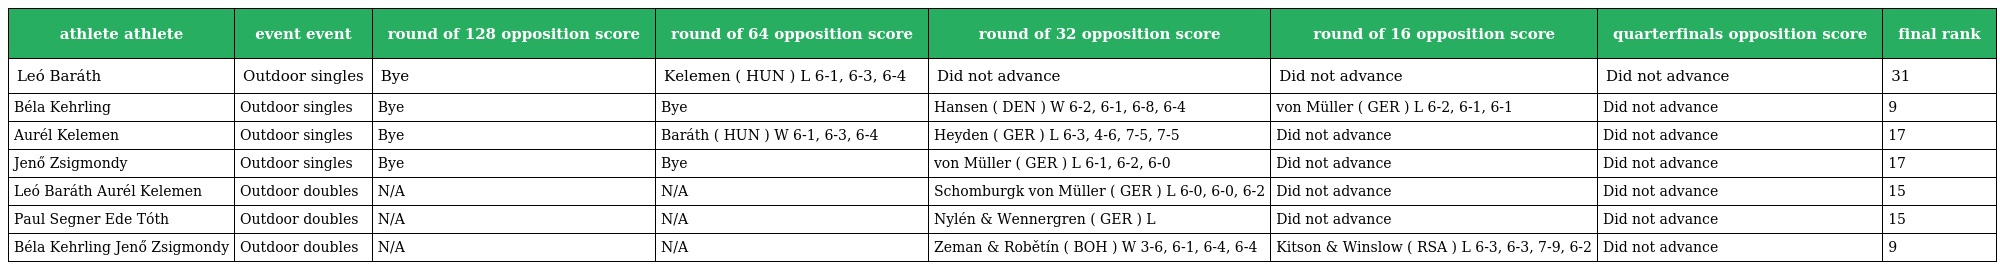
| athlete athlete | event event | round of 128 opposition score | round of 64 opposition score | round of 32 opposition score | round of 16 opposition score | quarterfinals opposition score | final rank |
 | --- | --- | --- | --- | --- | --- | --- | --- |
 | Leó Baráth | Outdoor singles | Bye | Kelemen ( HUN ) L 6-1, 6-3, 6-4 | Did not advance | Did not advance | Did not advance | 31 |
 | Béla Kehrling | Outdoor singles | Bye | Bye | Hansen ( DEN ) W 6-2, 6-1, 6-8, 6-4 | von Müller ( GER ) L 6-2, 6-1, 6-1 | Did not advance | 9 |
 | Aurél Kelemen | Outdoor singles | Bye | Baráth ( HUN ) W 6-1, 6-3, 6-4 | Heyden ( GER ) L 6-3, 4-6, 7-5, 7-5 | Did not advance | Did not advance | 17 |
 | Jenő Zsigmondy | Outdoor singles | Bye | Bye | von Müller ( GER ) L 6-1, 6-2, 6-0 | Did not advance | Did not advance | 17 |
 | Leó Baráth Aurél Kelemen | Outdoor doubles | N/A | N/A | Schomburgk von Müller ( GER ) L 6-0, 6-0, 6-2 | Did not advance | Did not advance | 15 |
 | Paul Segner Ede Tóth | Outdoor doubles | N/A | N/A | Nylén & Wennergren ( GER ) L | Did not advance | Did not advance | 15 |
 | Béla Kehrling Jenő Zsigmondy | Outdoor doubles | N/A | N/A | Zeman & Robětín ( BOH ) W 3-6, 6-1, 6-4, 6-4 | Kitson & Winslow ( RSA ) L 6-3, 6-3, 7-9, 6-2 | Did not advance | 9 |